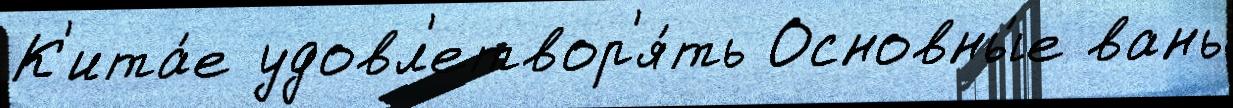
К'ита́е удовл'етвор'я́ть Основны́е вань